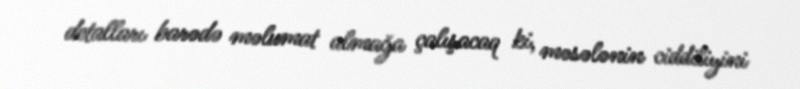
detalları barədə məlumat almağa çalışacaq ki, məsələnin ciddiliyini